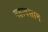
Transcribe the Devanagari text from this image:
महावसान